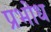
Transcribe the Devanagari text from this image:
प्रभोध